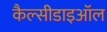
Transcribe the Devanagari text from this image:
कैल्सीडाइऑल